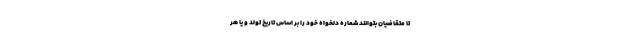
تا متقاضیان بتوانند شماره دلخواه خود را بر اساس تاریخ تولد و یا هر